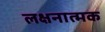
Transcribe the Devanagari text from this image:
लक्षनात्मक